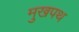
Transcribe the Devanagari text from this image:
मुखपथ